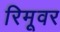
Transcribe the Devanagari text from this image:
रिमूवर